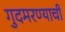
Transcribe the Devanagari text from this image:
गुदमरण्याची